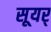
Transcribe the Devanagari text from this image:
सूयर्